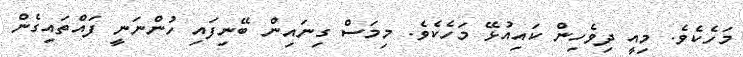
މަހެކެވެ. މިއީ ދިވެހިން ކައިއުޅޭ މަހެކެވެ. މިމަސް ގިނައިން ބޭނިފައި ހުންނަނީ ފައްތައިގެން